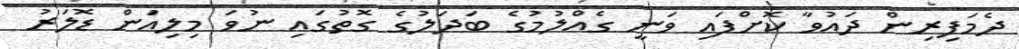
ދެމަފިރިން ދައުވާ ކޮށްފައި ވަނީ ގެއްލުމުގެ ބަދަލުގެ ގޮތުގައި ނުވަ މިލިއަން ޑޮލަރު